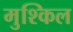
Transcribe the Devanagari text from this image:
मुश्‍किल